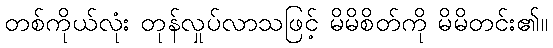
တစ်ကိုယ်လုံး တုန်လှုပ်လာသဖြင့် မိမိစိတ်ကို မိမိတင်း၏။